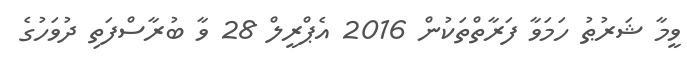
ވީމާ ޝަރުޠު ހަމަވާ ފަރާތްތަކުން 2016 އެޕްރީލް 28 ވާ ބުރާސްފަތި ދުވަހުގެ